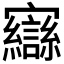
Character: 𫴥